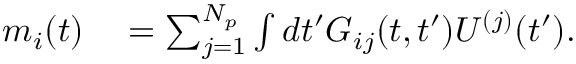
\begin{array} { r l } { m _ { i } ( t ) } & { { } = \sum _ { j = 1 } ^ { N _ { p } } \int d t ^ { \prime } G _ { i j } ( t , t ^ { \prime } ) U ^ { ( j ) } ( t ^ { \prime } ) . } \end{array}